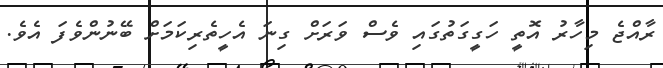
ރާއްޖެ މިހާރު އޮތީ ހަގީގަތުގައި ވެސް ވަރަށް ގިނަ އެހީތެރިކަމަށް ބޭނުންވެފަ އެވެ.